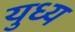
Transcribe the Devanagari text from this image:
युध्य